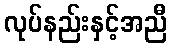
လုပ်နည်းနှင့်အညီ